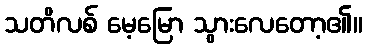
သတိလစ် မေ့မြော သွားလေတော့၏။